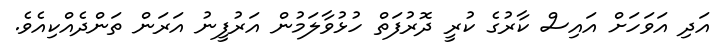
އަދި އަވަހަށް އައިސް ކާރުގެ ކުރީ ދޮރުފަތް ހުޅުވާލަމުން އަރުފީނު އަރަން ތަންދެއްކިއެވެ.